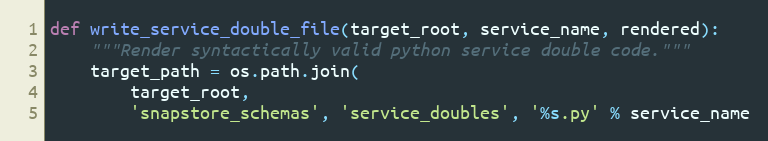
Language: Python
def write_service_double_file(target_root, service_name, rendered):
    """Render syntactically valid python service double code."""
    target_path = os.path.join(
        target_root,
        'snapstore_schemas', 'service_doubles', '%s.py' % service_name